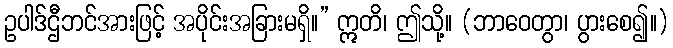
ဥပါဒ်ဌီဘင်အားဖြင့် အပိုင်းအခြားမရှိ။” ဣတိ၊ ဤသို့။ (ဘာဝေတွာ၊ ပွားစေ၍။)